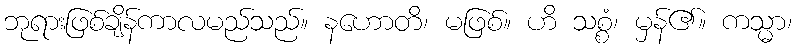
ဘုရားဖြစ်ချိန်ကာလမည်သည်။ နဟောတိ၊ မဖြစ်။ ဟိ သစ္စံ၊ မှန်၏။ ကသ္မာ၊